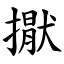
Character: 㩎